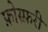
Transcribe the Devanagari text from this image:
फ़ोस्फ़री